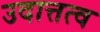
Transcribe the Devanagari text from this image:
उदात्तत्व